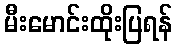
မီးမောင်းထိုးပြရန်